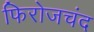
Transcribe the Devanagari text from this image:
फिरोजचंद